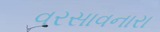
વરસાવનારા